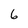
Character: 6